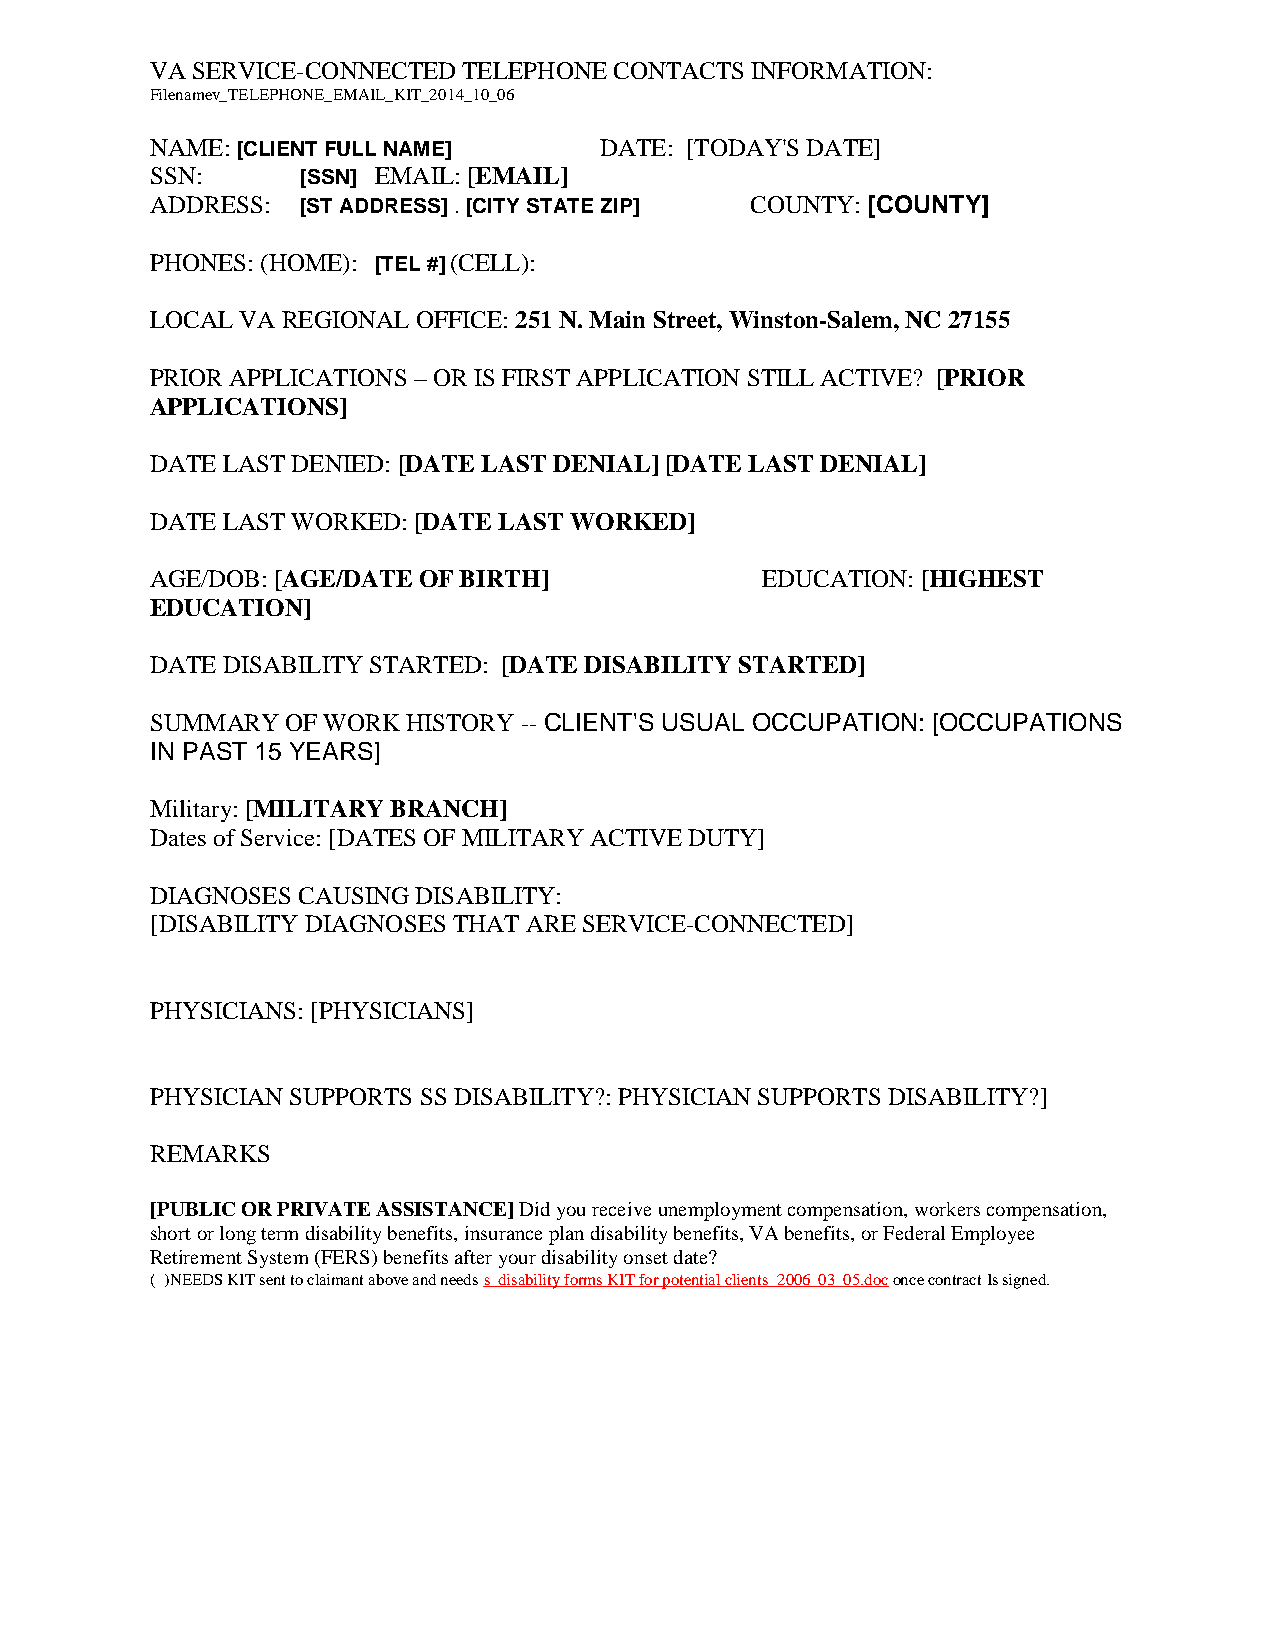
VA SERVICE-CONNECTED TELEPHONE CONTACTS INFORMATION:
 Filenamev_TELEPHONE_EMAIL_KIT_2014_10_06
 NAME: [CLIENT FULL NAME]      DATE: [TODAY'S DATE]
 SSN:      [SSN] EMAIL: [EMAIL]
 ADDRESS:  [ST ADDRESS] . [CITY STATE ZIP] COUNTY: [COUNTY]
 PHONES: (HOME): [TEL #] (CELL):
 LOCAL VA REGIONAL OFFICE: 251 N. Main Street, Winston-Salem, NC 27155
 PRIOR APPLICATIONS – OR IS FIRST APPLICATION STILL ACTIVE? [PRIOR
 APPLICATIONS]
 DATE LAST DENIED: [DATE LAST DENIAL] [DATE LAST DENIAL]
 DATE LAST WORKED: [DATE LAST WORKED]
 AGE/DOB: [AGE/DATE OF BIRTH]            EDUCATION: [HIGHEST
 EDUCATION]
 DATE DISABILITY STARTED: [DATE DISABILITY STARTED]
 SUMMARY  OF WORK HISTORY -- CLIENT'S USUAL OCCUPATION: [OCCUPATIONS
 IN PAST 15 YEARS]
 Military: [MILITARY BRANCH]
 Dates of Service: [DATES OF MILITARY ACTIVE DUTY]
 DIAGNOSES CAUSING DISABILITY:
 [DISABILITY DIAGNOSES THAT ARE SERVICE-CONNECTED]
 PHYSICIANS: [PHYSICIANS]
 PHYSICIAN SUPPORTS SS DISABILITY?: PHYSICIAN SUPPORTS DISABILITY?]
 REMARKS
 [PUBLIC OR PRIVATE ASSISTANCE] Did you receive unemployment compensation, workers compensation,
 short or long term disability benefits, insurance plan disability benefits, VA benefits, or Federal Employee
 Retirement System (FERS) benefits after your disability onset date?
 ( )NEEDS KIT sent to claimant above and needs s_disability forms KIT for potential clients_2006_03_05.doc once contract Is signed.